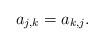
LaTeX: \begin{align*}a_{j,k}=a_{k,j}.\end{align*}